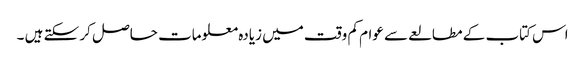
اس کتاب کے مطالعے سے عوام کم وقت میں زیادہ معلومات حاصل کر سکتے ہیں ۔